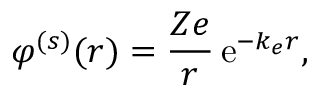
\varphi ^ { ( s ) } ( \boldsymbol { r } ) = \frac { Z e } { r } \, \mathrm { e } ^ { - k _ { e } r } ,